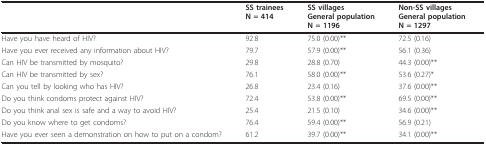
<table><thead><tr><td></td><td><b>SS traineesN = 414</b></td><td><b>SS villagesGeneral populationN = 1196</b></td><td><b>Non-SS villagesGeneral populationN = 1297</b></td></tr></thead><tbody><tr><td>Have you have heard of HIV?</td><td>92.8</td><td>75.0 (0.00)**</td><td>72.5 (0.16)</td></tr><tr><td>Have you ever received any information about HIV?</td><td>79.7</td><td>57.9 (0.00)**</td><td>56.1 (0.36)</td></tr><tr><td>Can HIV be transmitted by mosquito?</td><td>29.8</td><td>28.8 (0.70)</td><td>44.3 (0.00)**</td></tr><tr><td>Can HIV be transmitted by sex?</td><td>76.1</td><td>58.0 (0.00)**</td><td>53.6 (0.27)*</td></tr><tr><td>Can you tell by looking who has HIV?</td><td>26.8</td><td>23.4 (0.16)</td><td>37.6 (0.00)**</td></tr><tr><td>Do you think condoms protect against HIV?</td><td>72.4</td><td>53.8 (0.00)**</td><td>69.5 (0.00)**</td></tr><tr><td>Do you think anal sex is safe and a way to avoid HIV?</td><td>25.4</td><td>21.5 (0.10)</td><td>34.6 (0.00)**</td></tr><tr><td>Do you know where to get condoms?</td><td>76.4</td><td>59.4 (0.00)**</td><td>56.9 (0.21)</td></tr><tr><td>Have you ever seen a demonstration on how to put on a condom?</td><td>61.2</td><td>39.7 (0.00)**</td><td>34.1 (0.00)**</td></tr></tbody></table>